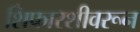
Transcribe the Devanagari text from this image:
शिफारशीवरून